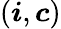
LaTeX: (\boldsymbol{i},\boldsymbol{c})